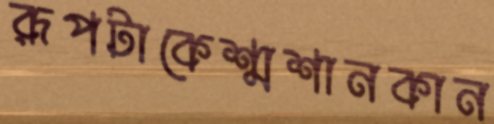
রূপটাকেশ্মশানকান